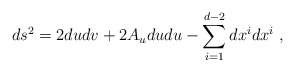
\begin{align*}ds^2 = 2dudv + 2A_u du du - \sum_{i=1}^{d-2} dx^i dx^i \ ,\end{align*}